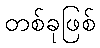
တစ်ခုဖြစ်